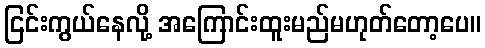
ငြင်းကွယ်နေလို့ အကြောင်းထူးမည်မဟုတ်တော့ပေ။